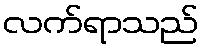
လက်ရာသည်